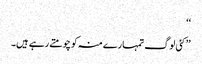
‘‘
’’کئی لوگ تمہارے منہ کو چومتے رہے ہیں۔